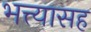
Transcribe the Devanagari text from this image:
भत्त्यासह